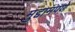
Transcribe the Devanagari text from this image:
मुद्दामपणे